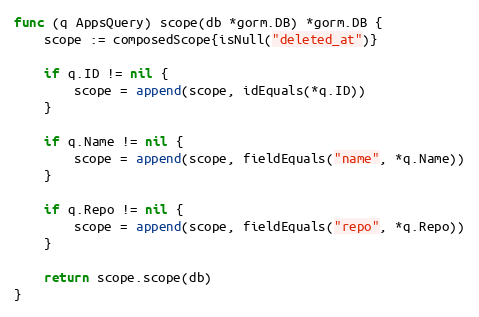
Language: Go
func (q AppsQuery) scope(db *gorm.DB) *gorm.DB {
	scope := composedScope{isNull("deleted_at")}

	if q.ID != nil {
		scope = append(scope, idEquals(*q.ID))
	}

	if q.Name != nil {
		scope = append(scope, fieldEquals("name", *q.Name))
	}

	if q.Repo != nil {
		scope = append(scope, fieldEquals("repo", *q.Repo))
	}

	return scope.scope(db)
}